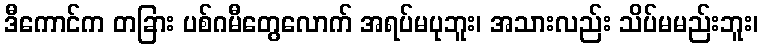
ဒီကောင်က တခြား ပစ်ဂမီတွေလောက် အရပ်မပုဘူး၊ အသားလည်း သိပ်မမည်းဘူး၊